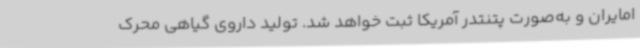
امایران و به‌صورت پتنتدر آمریکا ثبت خواهد شد. تولید داروی گیاهی محرک